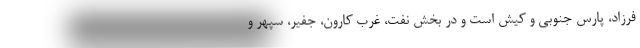
فرزاد، پارس جنوبی و کیش است و در بخش نفت، غرب کارون، جفیر، سپهر و